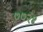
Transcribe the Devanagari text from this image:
७७२४